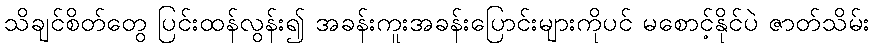
သိချင်စိတ်တွေ ပြင်းထန်လွန်း၍ အခန်းကူးအခန်းပြောင်းများကိုပင် မစောင့်နိုင်ပဲ ဇာတ်သိမ်း